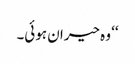
‘‘ وہ حیران ہوئی۔